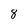
Character: 8